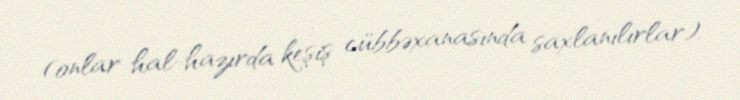
(onlar hal-hazırda keşiş cübbəxanasında saxlanılırlar).